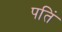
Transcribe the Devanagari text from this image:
पतिं